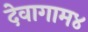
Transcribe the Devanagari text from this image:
देवागाम४